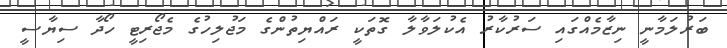
ބަރުލަމާނީ ނިޒާމެއްގައި ސަރުކާރު އެކުލަވާލާ ގޮތަކީ ރައްޔިތުންގެ މަޖުލިހުގެ މެޖޯރިޓީ ހޯދާ ސިޔާސީ